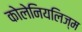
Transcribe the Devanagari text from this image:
कोलेनियलिज्म